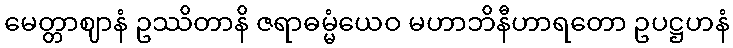
မေတ္တာဈာနံ ဥဿိတာနိ ဇရာဓမ္မံယေဝ မဟာဘိနီဟာရတော ဥပဋ္ဌဟနံ